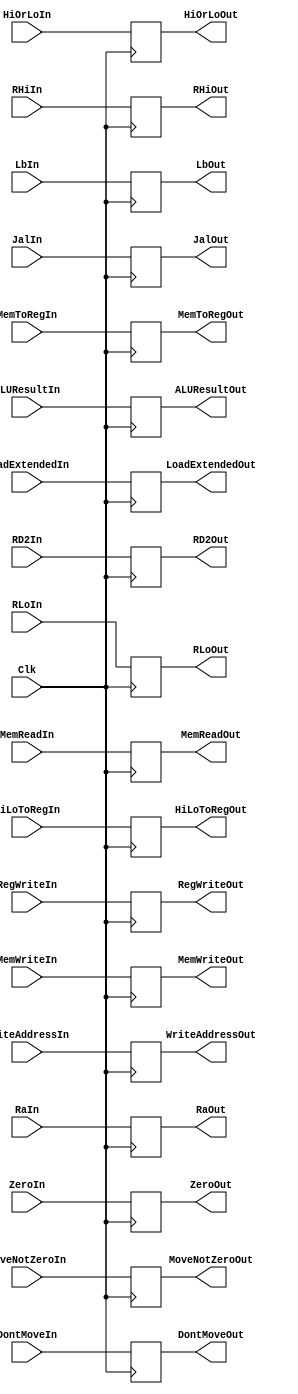
`timescale 1ns / 1ps
//////////////////////////////////////////////////////////////////////////////////
// Company: 
// Engineer: 
// 
// Design Name: 
// Module Name: EX_MEM
// Project Name: 
// Target Devices: 
// Tool Versions: 
// Description: 
// 
// Dependencies: 
// 
// Revision:
// Revision 0.01 - File Created
// Additional Comments:
// 
//////////////////////////////////////////////////////////////////////////////////


module EX_MEM(Clk, RegWriteIn, MoveNotZeroIn, DontMoveIn, HiOrLoIn, MemToRegIn, HiLoToRegIn, MemWriteIn, MemReadIn, RHiIn, RLoIn, ZeroIn, ALUResultIn, RD2In, WriteAddressIn, LbIn, LoadExtendedIn, RegWriteOut, MoveNotZeroOut, DontMoveOut, HiOrLoOut, MemToRegOut, HiLoToRegOut, MemWriteOut, MemReadOut, RHiOut, RLoOut, ZeroOut, ALUResultOut, RD2Out, WriteAddressOut, LbOut, LoadExtendedOut, JalIn, JalOut, RaIn, RaOut);
    input [31:0] RHiIn, RLoIn, ALUResultIn, RD2In, RaIn;
    input [4:0] WriteAddressIn;
    input Clk, ZeroIn, RegWriteIn, MoveNotZeroIn, DontMoveIn, HiOrLoIn, MemToRegIn, HiLoToRegIn, MemWriteIn, MemReadIn, LbIn, LoadExtendedIn, JalIn;
    
    output reg [31:0] RHiOut, RLoOut, ALUResultOut, RD2Out, RaOut;
    output reg ZeroOut;
    output reg [4:0] WriteAddressOut;
    output reg RegWriteOut, MoveNotZeroOut, DontMoveOut, HiOrLoOut, MemToRegOut, HiLoToRegOut, MemWriteOut, MemReadOut, LbOut, LoadExtendedOut, JalOut;
    
    always @(negedge Clk) begin
        RHiOut <= RHiIn;
        RLoOut <= RLoIn;
        ZeroOut <= ZeroIn;
        ALUResultOut <= ALUResultIn;
        RD2Out <= RD2In;
        WriteAddressOut <= WriteAddressIn;
        RegWriteOut <= RegWriteIn;
        MoveNotZeroOut <= MoveNotZeroIn;
        DontMoveOut <= DontMoveIn;
        HiOrLoOut <= HiOrLoIn;
        MemToRegOut <= MemToRegIn;
        HiLoToRegOut <= HiLoToRegIn;
        MemWriteOut <= MemWriteIn;
        MemReadOut <= MemReadIn;
        LbOut <= LbIn;
        LoadExtendedOut <= LoadExtendedIn;
        JalOut <= JalIn;
        RaOut <= RaIn;
    end
    
endmodule